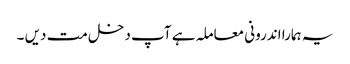
یہ ہمارا اندرونی معاملہ ہے آپ دخل مت دیں ۔